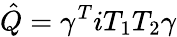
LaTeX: \hat{Q}=\gamma^{T}iT_{1}T_{2}\gamma